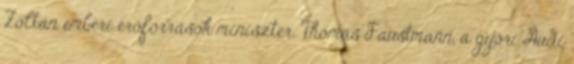
Zoltán emberi erőforrások miniszter. Thomas Faustmann, a győri Audi